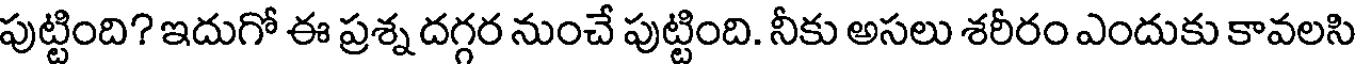
పుట్టింది? ఇదుగో ఈ ప్రశ్న దగ్గర నుంచే పుట్టింది. నీకు అసలు శరీరం ఎందుకు కావలసి